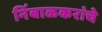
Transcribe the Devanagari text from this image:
निंबाळकरांचे